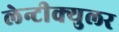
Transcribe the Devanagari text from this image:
लेन्टीक्युलर